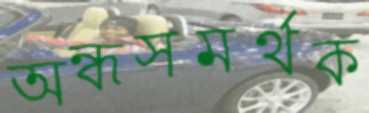
অন্ধসমর্থক